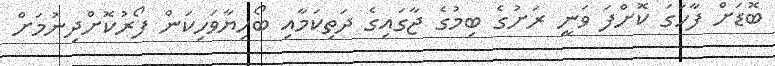
ބޮޑަށް ފާހަގަ ކޮށްފަ ވަނީ ރަށުގެ ބިމުގެ ޖާގައިގެ ދަތިކަމާއި ބޯހިޔާވަހިކަން ފޯރުކޮށްދިނުމަށް